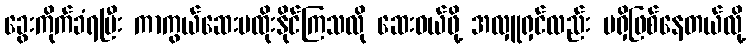
ခွေးကိုက်ခံရပြီး ကာကွယ်ဆေးမထိုးနိုင်ကြသလို ဆေးဝယ်ဖို့ အလှူရှင်လည်း မရှိဖြစ်နေတယ်လို့